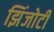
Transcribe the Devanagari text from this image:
झिंजोटी